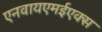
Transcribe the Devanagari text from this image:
एनवायएमईएक्स